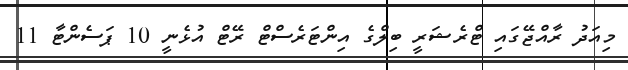
މިއަދު ރާއްޖޭގައި ޓްރެޝަރީ ބިލްގެ އިންޓަރެސްޓް ރޭޓް އުޅެނީ 10 ޕަސެންޓާ 11